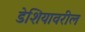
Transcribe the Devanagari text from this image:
डेशियावरील